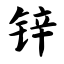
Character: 锌